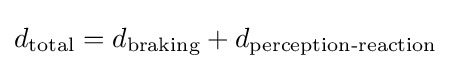
d_{\text{total}}=d_{\text{braking}}+d_{\text{perception-reaction}}